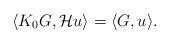
LaTeX: \begin{align*} \langle K_0G, \mathcal{H}u \rangle = \langle G, u\rangle. \end{align*}